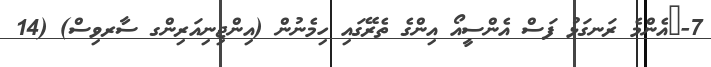
7-	އެންމެ ރަނގަޅު ފަސް އެންސީއޯ އިންގެ ތެރޭގައި ހިމެނުން (އިންޖިނިއަރިންގ ސާރވިސް) (14